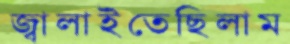
জ্বালাইতেছিলাম